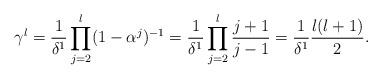
LaTeX: \begin{align*}\gamma^l =\frac{1}{\delta^1}\prod_{j=2}^l (1-\alpha^j)^{-1} =\frac{1}{\delta^1}\prod_{j=2}^l \frac{j+1}{j-1} =\frac{1}{\delta^1} \frac{l(l+1)}{2}.\end{align*}